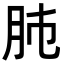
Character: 𦙛